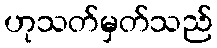
ဟုသတ်မှတ်သည်